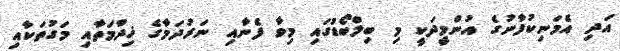
އަދި އެމަނިކުފާނުގެ އުންމީދަކީ މި ބިލްބޯޑުގައި މިވާ ފެނާއި ނަރުދަމާގެ ޚިދްމަތާއި މަގުތަކާއި